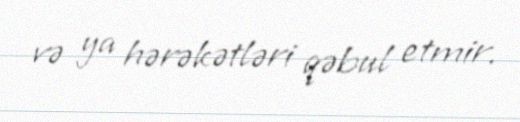
və ya hərəkətləri qəbul etmir.